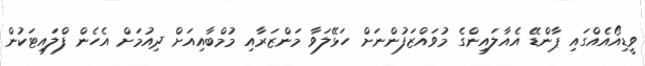
ވީޑިއޯއެއްގައި ޕާންޑޭ އެއާލައިންގެ މުވައްޒަފުންނަށް ހަޅޭލަވާ މަންޒަރާއި މުމްބާއިއަށް ދިއުމަށް އެހެން ފްލައިޓަކުން